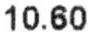
10.60